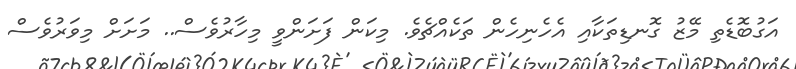
އަގުބޮޑެތި މޭޒު ގޮނޑިތަކާއި އެހެނިހެން ތަކެއްޗެވެ. މިކަން ފަށަންވީ މިހާރުވެސް.. މަށަށް މިވަރުވެސް